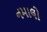
નમાલો